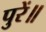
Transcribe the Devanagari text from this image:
पुरें॥